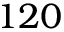
1 2 0